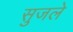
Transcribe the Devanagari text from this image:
सुजले